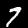
Digit: 7